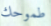
طموحك